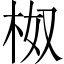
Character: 𭩯